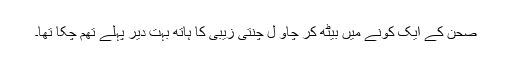
صحن کے ایک کونے میں بیٹھ کر چاو ل چنتی زیبی کا ہاتھ بہت دیر پہلے تھم چکا تھا۔